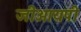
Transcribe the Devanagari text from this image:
जीआयपी